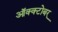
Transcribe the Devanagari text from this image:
ऑक्क्टोबर्